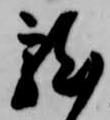
龍